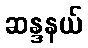
ဆန္ဒနယ်